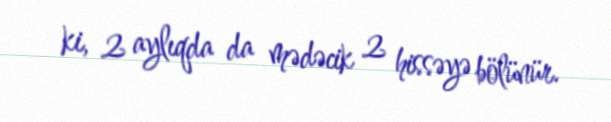
ki, 2 aylıqda da mədəcik 2 hissəyə bölünür.